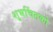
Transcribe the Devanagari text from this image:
शुभचिंतको